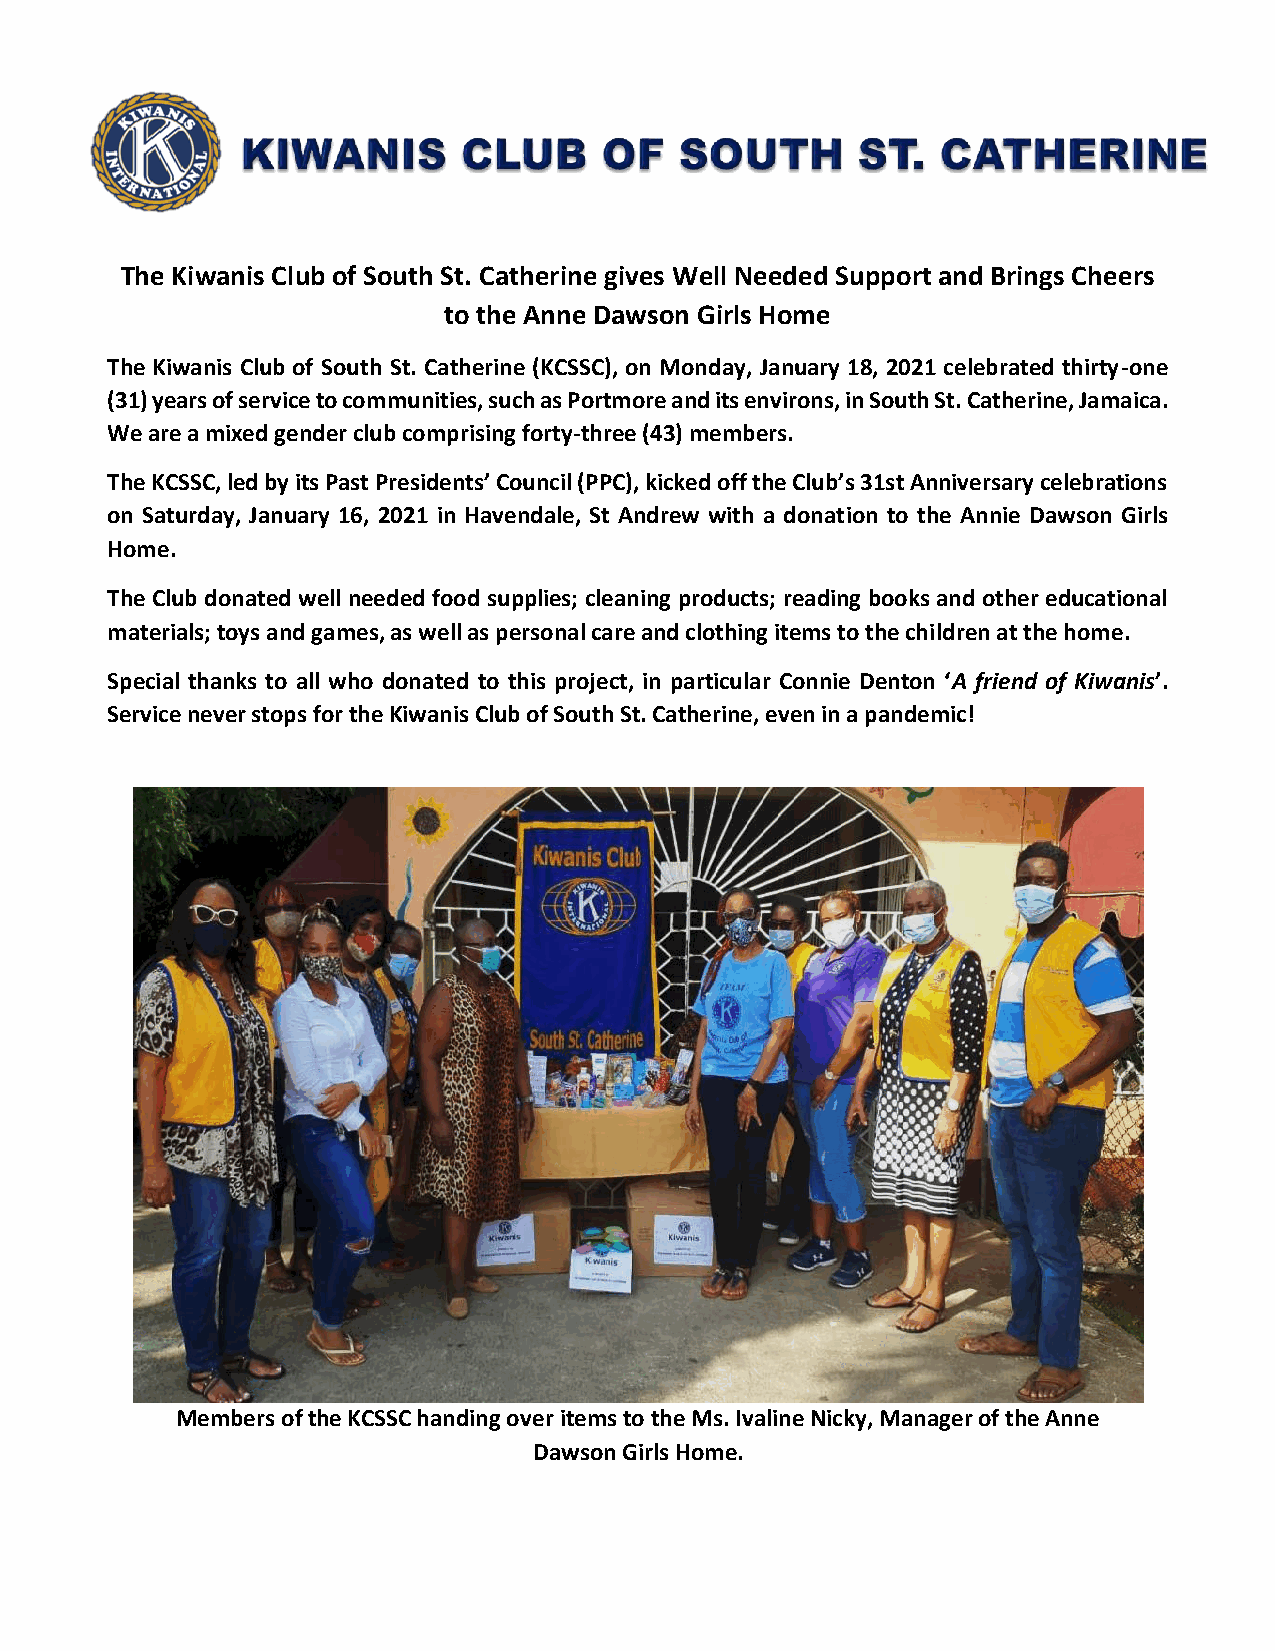
The Kiwanis Club of South St. Catherine gives Well Needed Support and Brings Cheers
 to the Anne Dawson Girls Home
 The Kiwanis Club of South St. Catherine (KCSSC), on Monday, January 18, 2021 celebrated thirty-one
 (31) years of service to communities, such as Portmore and its environs, in South St. Catherine, Jamaica.
 We are a mixed gender club comprising forty-three (43) members.
 The KCSSC, led by its Past Presidents’ Council (PPC), kicked off the Club’s 31st Anniversary celebrations
 on Saturday, January 16, 2021 in Havendale, St Andrew with a donation to the Annie Dawson Girls
 Home.
 The Club donated well needed food supplies; cleaning products; reading books and other educational
 materials; toys and games, as well as personal care and clothing items to the children at the home.
 Special thanks to all who donated to this project, in particular Connie Denton ‘A friend of Kiwanis’.
 Service never stops for the Kiwanis Club of South St. Catherine, even in a pandemic!
 Members of the KCSSC handing over items to the Ms. Ivaline Nicky, Manager of the Anne
 Dawson Girls Home.